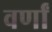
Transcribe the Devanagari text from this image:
वर्णां